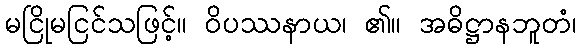
မငြိုမငြင်သဖြင့်။ ဝိပဿနာယ၊ ၏။ အဓိဋ္ဌာနဘူတံ၊